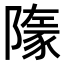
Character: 𧱞